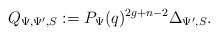
\begin{align*}Q_{\Psi,\Psi',S}:= P_\Psi(q)^{2g+n-2} \Delta_{\Psi', S}.\end{align*}